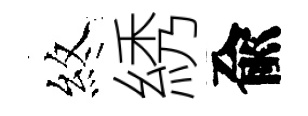
煞綉兪